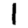
Digit: 1